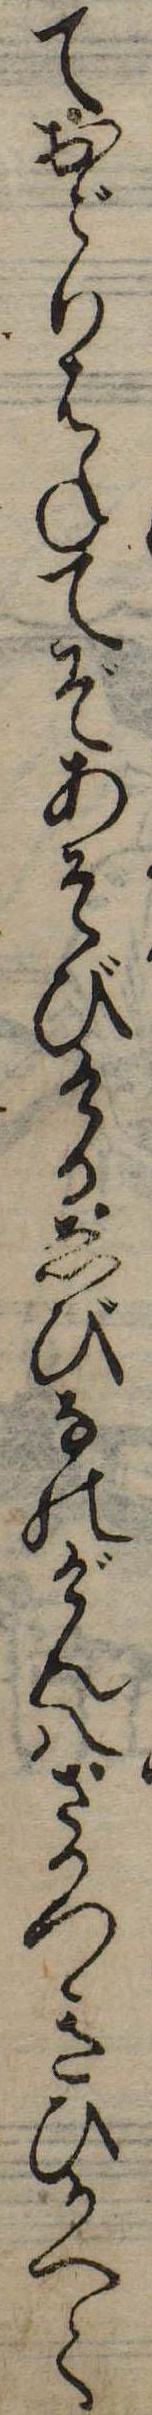
ておどりはねてぞあそびけるゑびなのげん八さかつきひかへて